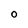
Character: O